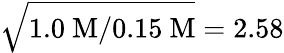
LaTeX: \sqrt{1.0~\mathrm{M}/0.15~\mathrm{M}}=2.58